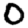
Digit: 0